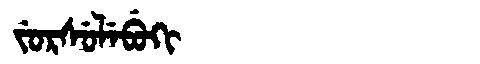
Manchu: ᠵᡠᡵᠰᡠᠯᡝᠪᡠᡴᡳ
Romanization: JURSULEBUKI